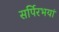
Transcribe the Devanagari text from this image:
सर्पिरभयां